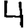
Digit: 4